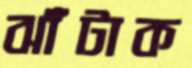
ঝাঁটাক